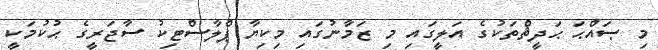
މި ޞައްޙަ ޙަދީޘްތަކުގެ އަލީގައި މި ޒަމާނުގައި މިކިޔާ ޕްލާސްޓިކު ސާޖަރީގެ ޙުކުމަކީ